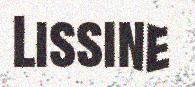
Lissine